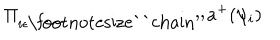
\displaystyle \Pi _ { i \epsilon \mathrm { \footnotesize ` ` c h a i n ^ { \prime \prime } } } a ^ { + } ( \psi _ { i } )